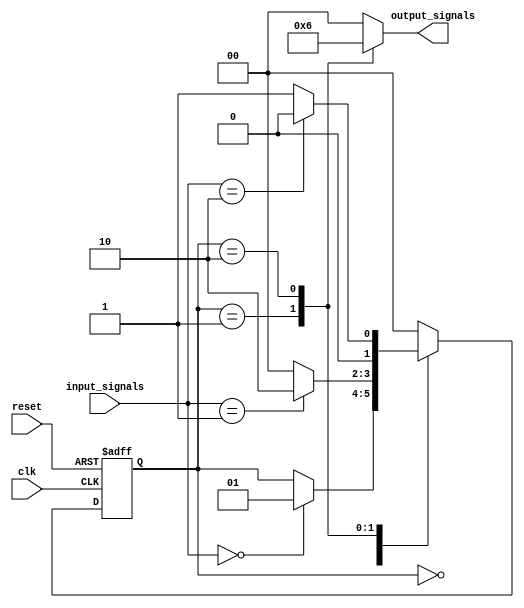
module FSM (
    input clk,
    input reset,
    input [1:0] input_signals,
    output reg [1:0] output_signals
);

// Define states
parameter START = 2'b00;
parameter STATE_1 = 2'b01;
parameter STATE_2 = 2'b10;

// Define state register
reg [1:0] current_state, next_state;

// State transition logic
always @ (posedge clk or posedge reset)
begin
    if (reset)
        current_state <= START;
    else
        current_state <= next_state;
end

// Output generation logic
always @ (current_state, input_signals)
begin
    case (current_state)
        START: begin
            if (input_signals == 2'b00)
                next_state = STATE_1;
            else
                next_state = current_state;
        end
        STATE_1: begin
            if (input_signals == 2'b01)
                next_state = STATE_2;
            else
                next_state = START;
        end
        STATE_2: begin
            if (input_signals == 2'b10)
                next_state = START;
            else
                next_state = STATE_1;
        end
        default: next_state = START;
    endcase
end

// Output generation logic
always @ (current_state)
begin
    case (current_state)
        START: output_signals = 2'b00;
        STATE_1: output_signals = 2'b01;
        STATE_2: output_signals = 2'b10;
        default: output_signals = 2'b00;
    endcase
end

endmodule